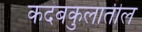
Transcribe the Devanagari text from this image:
कदंबकुलातील